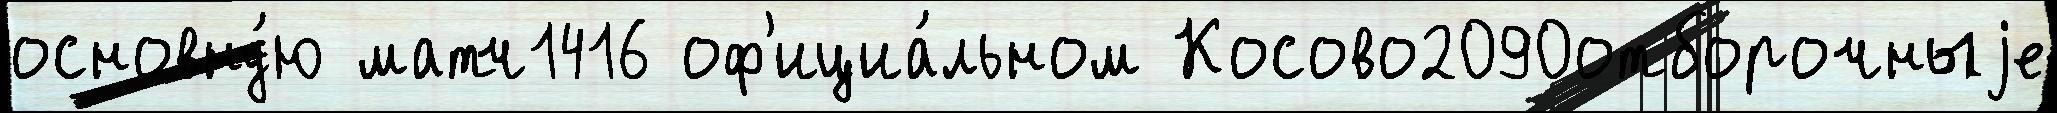
основну́ю матч1416 оф'ициа́льном Косово2090отборочныjе